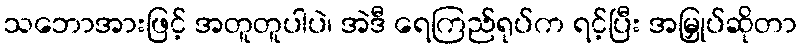
သဘောအားဖြင့် အတူတူပါပဲ၊ အဲဒီ ရေကြည်ရုပ်က ရင့်ပြီး အမြှုပ်ဆိုတာ